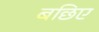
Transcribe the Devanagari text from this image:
बछिए